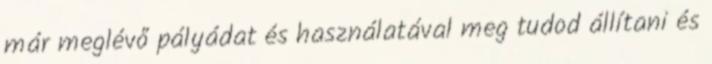
már meglévő pályádat és használatával meg tudod állítani és